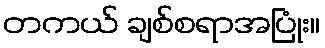
တကယ် ချစ်စရာအပြုံး။